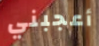
أعجبني